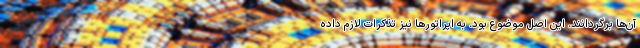
آن‌ها برگردانند. این اصل موضوع بود. به اپراتورها نیز تذکرات لازم داده